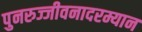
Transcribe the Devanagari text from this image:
पुनरुज्जीवनादरम्यान